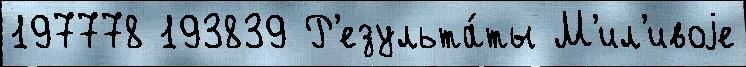
197778 193839 Р'езульта́ты М'ил'ивоjе